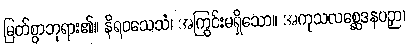
မြတ်စွာဘုရား၏။ နိရဝသေသံ၊ အကြွင်းမရှိသော။ အကုသလစ္ဆေဒနပဉှာ၊